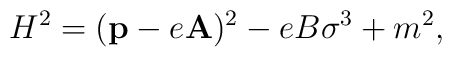
H^2 = ({\bf p} - e{\bf A})^2 - eB \sigma^3 + m^2,